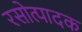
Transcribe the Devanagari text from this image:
रसोत्पादक